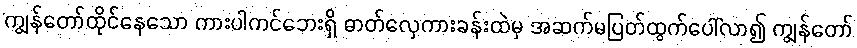
ကျွန်တော်ထိုင်နေသော ကားပါကင်ဘေးရှိ ဓာတ်လှေကားခန်းထဲမှ အဆက်မပြတ်ထွက်ပေါ်လာ၍ ကျွန်တော်